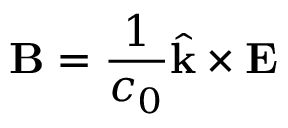
\mathbf { B } = { \frac { 1 } { c _ { 0 } } } { \hat { \mathbf { k } } } \times \mathbf { E }